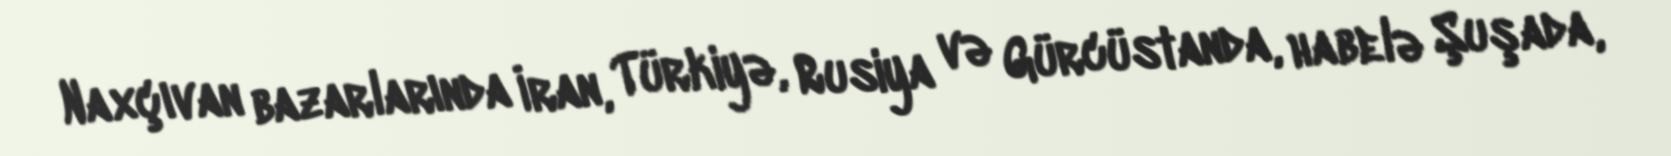
Naxçıvan bazarlarında İran, Türkiyə, Rusiya və Gürcüstanda, habelə Şuşada,